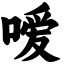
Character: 嗳